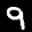
Label: 9